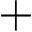
+